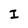
Character: I